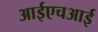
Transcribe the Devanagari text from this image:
आईएचआई